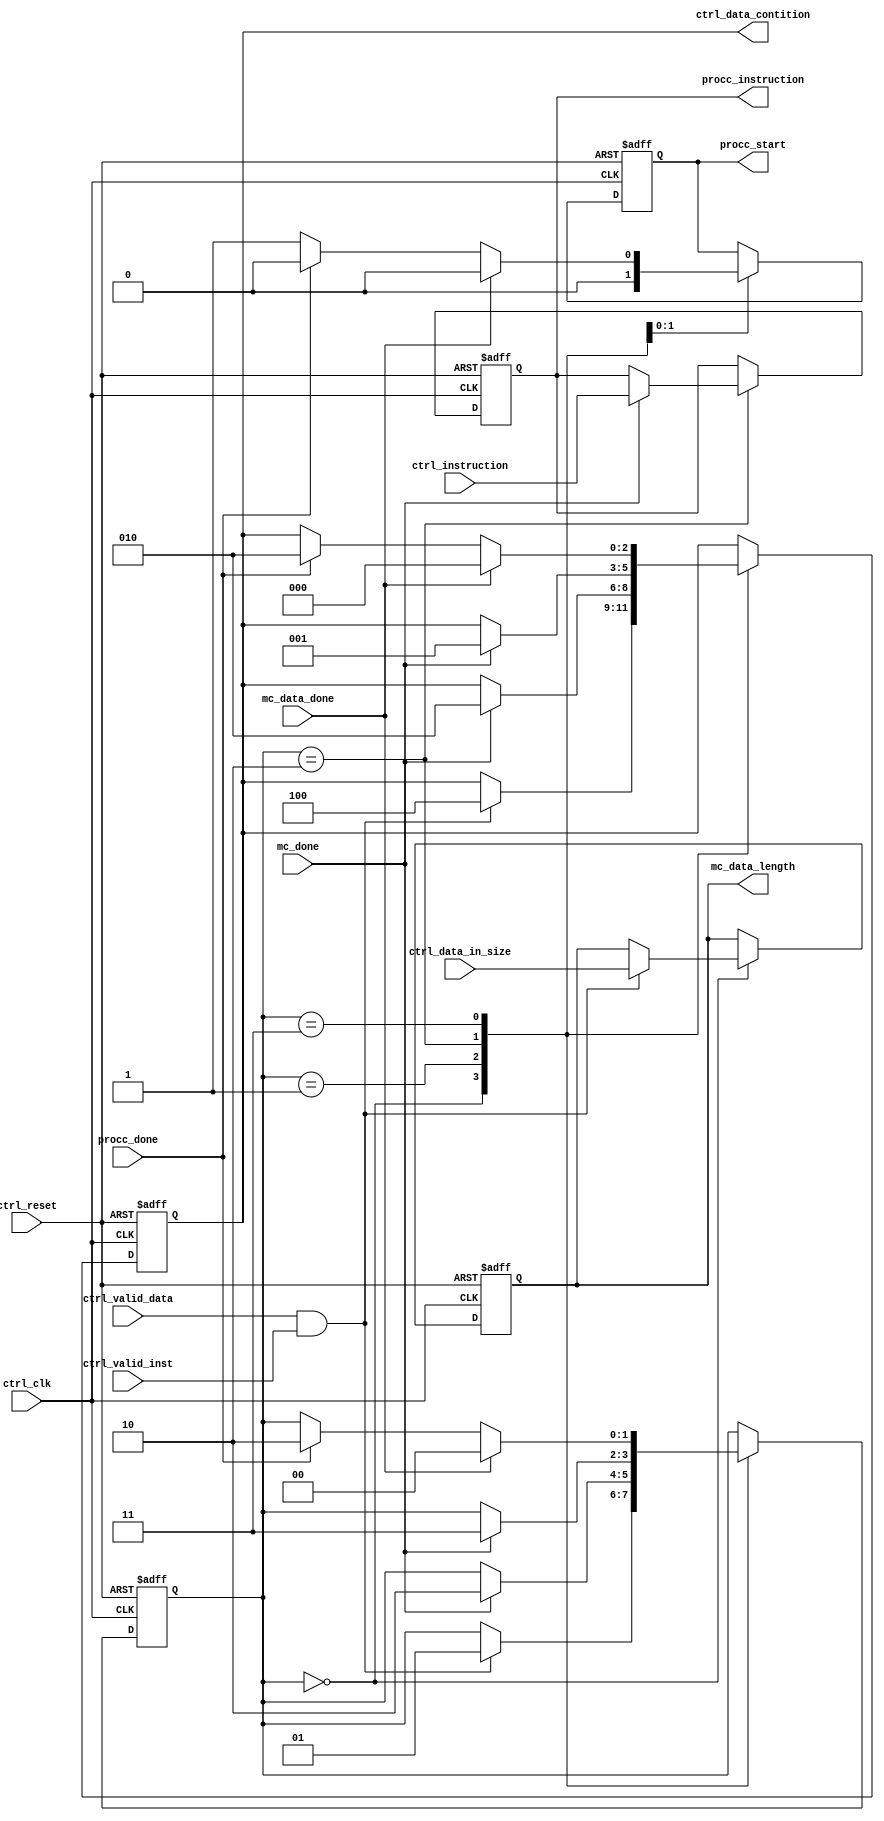
////////////////////////////////////////////////////////////////////////////////////
//Module name: Core Control Module
//Descreption: Provides control signals for memory controller and proccesing modules
////////////////////////////////////////////////////////////////////////////////////
`timescale 1ns/10ps
module core_control(
	ctrl_clk,
	ctrl_reset,
	ctrl_instruction,
	ctrl_valid_inst,
	ctrl_valid_data,
	ctrl_data_in_size,
	ctrl_data_contition,
	mc_done,
	mc_data_done,
	mc_data_length,
	procc_instruction,
	procc_done,
	procc_start
);

	input ctrl_clk, ctrl_reset;

	//Instruction input - instruction brakdown [OP_CODE]
	input [2:0] ctrl_instruction;
	input [5:0] ctrl_data_in_size;
	
	//Valid data and inst input for module
	input ctrl_valid_data, ctrl_valid_inst;
	output reg [5:0] mc_data_length;

	input mc_done, procc_done, mc_data_done;

	output reg procc_start;

	/*Valid Data location [Data in input|Data in memory|Data in reg]
		No data at all 000
		Data in input 100
		Data in mem 010
		Data in reg 001*/
	output reg [2:0] ctrl_data_contition;

	output reg [2:0] procc_instruction;

	reg [1:0] ctrl_state;

	//State definition 
	//Idle state - waiting for input
	parameter IDLE = 2'b00;
	//Store data state - Data has arrived to the Memory controller and it has to store it
	parameter STORE_DATA = 2'b01;
	//Transfer data state - Data is in memory and has to be transfered to the memory comtroller 
	parameter TRANS_DATA = 2'b10;
	//Start Proccesing state - Module has an instruction and data and it is ready to start proccessing 
	parameter PROCCESING = 2'b11;

	always @(posedge ctrl_clk or posedge ctrl_reset) begin
		if (ctrl_reset == 1) begin
			ctrl_data_contition <= 'b0;
			mc_data_length <= 'b0;
			procc_start <= 1'b0;
			ctrl_state <= IDLE;
			procc_instruction <= 'b0;
		end else begin
			case (ctrl_state)
				/*Waits for valid_input and valid_inst signals from the outside world in order to start 
					the transfer from the data input to the memory module */
				IDLE:	
				begin
					if (ctrl_valid_data && ctrl_valid_inst) begin
						mc_data_length <= ctrl_data_in_size;
						ctrl_data_contition <= 3'b100;
						ctrl_state <= STORE_DATA;
					end
				end
				/*Starts the MC copy-to-mem oporation by sending the ctrl_data_contition 100. 
					When the memory controller sends mc_done flag it means
					it signals the data have been transfered*/
				STORE_DATA:
				begin
					if (mc_done) begin
						ctrl_data_contition <= 3'b010;
						ctrl_state <= TRANS_DATA;
					end
				end
				/*Starts the MC mem-to-reg opration by sending the ctrl_data_contition 010.
					when the memory controller sends the mc_done flag it means the data 
					have been transfered*/
				TRANS_DATA:
				begin
					procc_start <= 1'b0;
					if (mc_done) begin
						procc_instruction <= ctrl_instruction;
						ctrl_data_contition <= 3'b001;
						ctrl_state <= PROCCESING;
					end
				end
				/*Starts the proccessing unit and sends the data contition as [001] and waits for a signal that 
					indicates the data proccesing is complete.*/
				PROCCESING:
				begin
					procc_start <= 1'b1;
					if (mc_data_done) begin
						ctrl_data_contition <= 3'b000;
						procc_start <= 1'b0;
						ctrl_state <= IDLE;
					end else begin
						if (procc_done ) begin
							ctrl_data_contition <= 3'b010;
							procc_start <= 1'b0;
							ctrl_state <= TRANS_DATA;
						end
					end
				end
				default: 
				begin
					ctrl_data_contition <= 'b0;
					ctrl_state <= IDLE;
				end
			endcase
		end
	end


endmodule // core_control